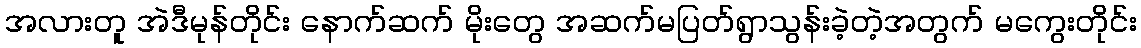
အလားတူ အဲဒီမုန်တိုင်း နောက်ဆက် မိုးတွေ အဆက်မပြတ်ရွာသွန်းခဲ့တဲ့အတွက် မကွေးတိုင်း